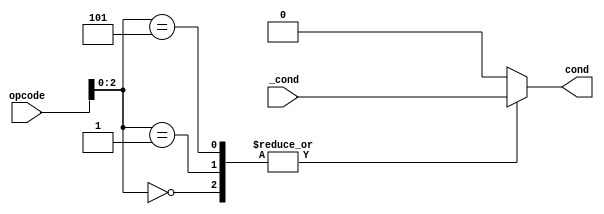
module VC_selector (
	input [3:0] opcode,
	input _cond,
	output reg cond
);

always @* begin
	case (opcode[2:0])
		3'b000: cond <= _cond;
		3'b001: cond <= _cond;
		3'b101: cond <= _cond;
		default: cond <= 1'b0;
	endcase
end
	
endmodule